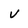
Character: v